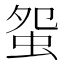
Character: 䖤